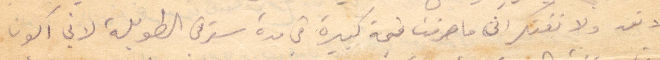
لا تعد ولا تفتكر اني ما صرفت قيمة كبيرة في مدة سفري الطويلة لاني أكون